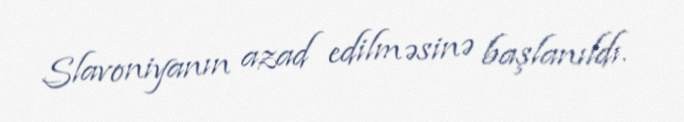
Slavoniyanın azad edilməsinə başlanıldı.